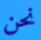
نحن